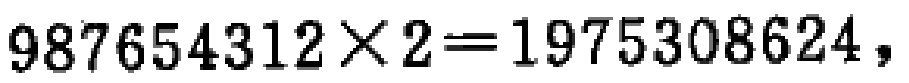
\(987654312\times2 = 1975308624\)